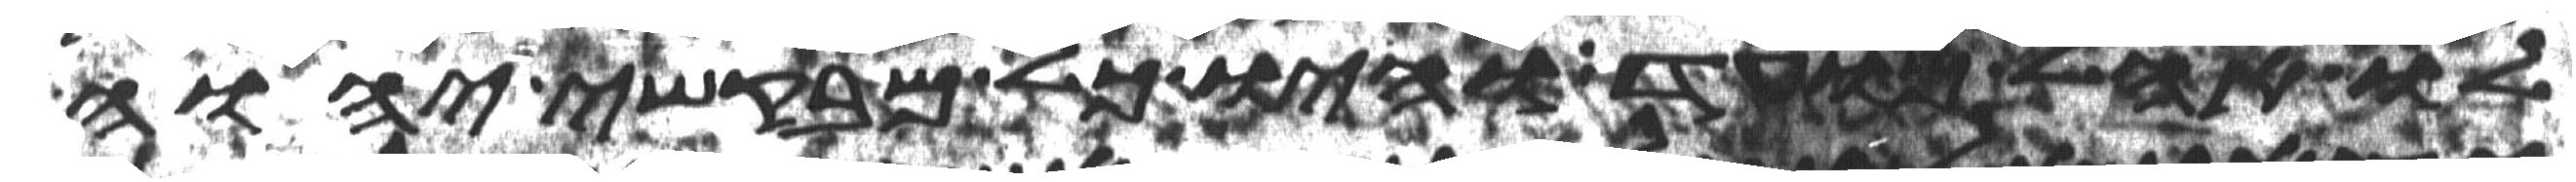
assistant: לו אהל מועד והיו כל מבקשי יהוה